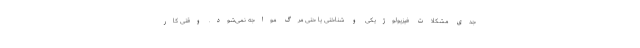
جدی مشکلات فیزیولوژیکی و شناختی یا حتی مرگ مواجه نمی‌شود. وقتی کار